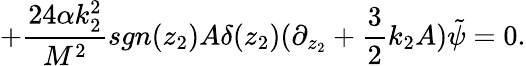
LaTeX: +\frac{24\alpha k_{2}^{2}}{M^{2}}sgn(z_{2})A\delta(z_{2})(\partial_{z_{2}}+\frac{3}{2}k_{2}A)\tilde{\psi}=0.